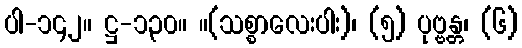
ပါ-၁၄၂။ ဋ္ဌ-၁၃၀။ ။(သစ္စာလေးပါး)၊ (၅) ပုဗ္ဗန္တ၊ (၆)